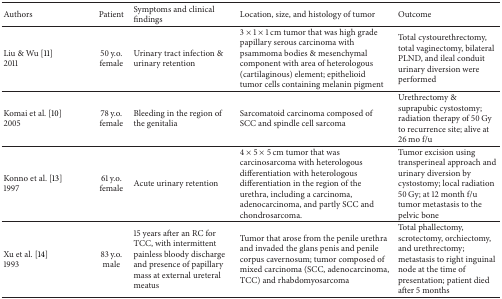
<table><thead><tr><td><b>Authors</b></td><td><b>Patient </b></td><td><b>Symptoms and clinical findings</b></td><td><b>Location, size, and histology of tumor</b></td><td><b>Outcome</b></td></tr></thead><tbody><tr><td>Liu &amp; Wu [11] 2011</td><td>50 y.o.female</td><td>Urinary tract infection &amp; urinary retention</td><td>3 × 1 × 1 cm tumor that was high grade papillary serous carcinoma with psammoma bodies &amp; mesenchymal component with area of heterologous (cartilaginous) element; epithelioid tumor cells containing melanin pigment </td><td>Total cystourethrectomy, total vaginectomy, bilateral PLND, and ileal conduit urinary diversion were performed</td></tr><tr><td>Komai et al. [10] 2005</td><td>78 y.o.female</td><td>Bleeding in the region of the genitalia</td><td>Sarcomatoid carcinoma composed of SCC and spindle cell sarcoma</td><td>Urethrectomy &amp; suprapubic cystostomy; radiation therapy of 50 Gy to recurrence site; alive at 26 mo f/u</td></tr><tr><td>Konno et al. [13]1997</td><td>61 y.o.female</td><td>Acute urinary retention</td><td>4 × 5 × 5 cm tumor that was carcinosarcoma with heterologous differentiation with heterologous differentiation in the region of the urethra, including a carcinoma, adenocarcinoma, and partly SCC and chondrosarcoma. </td><td>Tumor excision using transperineal approach and urinary diversion by cystostomy; local radiation 50 Gy; at 12 month f/u tumor metastasis to the pelvic bone</td></tr><tr><td>Xu et al. [14]1993</td><td>83 y.o.male</td><td>15 years after an RC for TCC, with intermittent painless bloody discharge and presence of papillary mass at external ureteral meatus</td><td>Tumor that arose from the penile urethra and invaded the glans penis and penile corpus cavernosum; tumor composed of mixed carcinoma (SCC, adenocarcinoma, TCC) and rhabdomyosarcoma</td><td>Total phallectomy, scrotectomy, orchiectomy, and urethrectomy; metastasis to right inguinal node at the time of presentation; patient died after 5 months</td></tr></tbody></table>